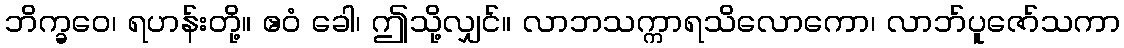
ဘိက္ခဝေ၊ ရဟန်းတို့။ ဧဝံ ခေါ၊ ဤသို့လျှင်။ လာဘသက္ကာရသိလောကော၊ လာဘ်ပူဇော်သကာ